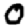
Digit: 0